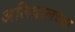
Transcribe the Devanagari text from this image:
अलिवालच्या